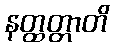
နတ္ထတ္တာတိ